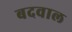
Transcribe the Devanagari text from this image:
बदवाल